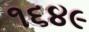
૧૬૪૯